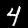
Label: 4